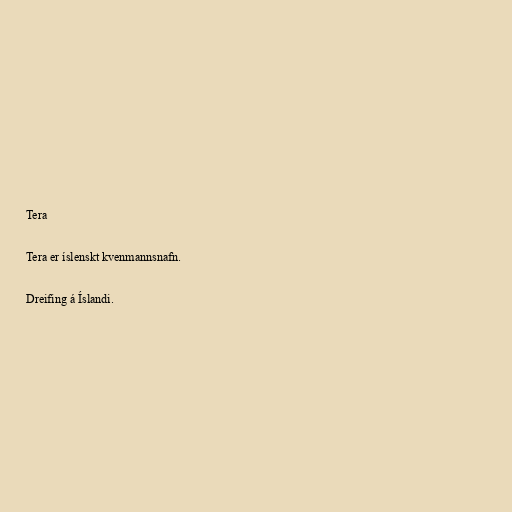
Tera

Tera er íslenskt kvenmannsnafn.

Dreifing á Íslandi.